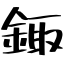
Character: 鋷